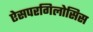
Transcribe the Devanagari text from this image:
ऐसपरगिलोसिस